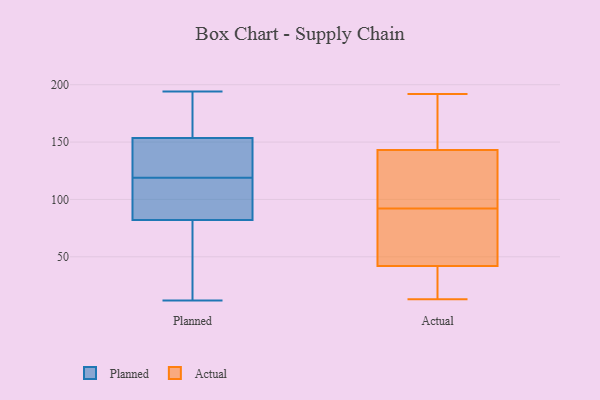
{"axis": {"x": "Net Income (USD K)", "y": "Value"}, "legend": ["Actual", "Planned"], "data": [{"x": "", "y": 58, "type": "Planned"}, {"x": "", "y": 176, "type": "Planned"}, {"x": "", "y": 147, "type": "Planned"}, {"x": "", "y": 158, "type": "Planned"}, {"x": "", "y": 152, "type": "Planned"}, {"x": "", "y": 122, "type": "Planned"}, {"x": "", "y": 12, "type": "Planned"}, {"x": "", "y": 194, "type": "Planned"}, {"x": "", "y": 90, "type": "Planned"}, {"x": "", "y": 112, "type": "Planned"}, {"x": "", "y": 119, "type": "Planned"}, {"x": "", "y": 39, "type": "Planned"}, {"x": "", "y": 97, "type": "Planned"}, {"x": "", "y": 79, "type": "Actual"}, {"x": "", "y": 136, "type": "Actual"}, {"x": "", "y": 172, "type": "Actual"}, {"x": "", "y": 39, "type": "Actual"}, {"x": "", "y": 143, "type": "Actual"}, {"x": "", "y": 42, "type": "Actual"}, {"x": "", "y": 112, "type": "Actual"}, {"x": "", "y": 192, "type": "Actual"}, {"x": "", "y": 37, "type": "Actual"}, {"x": "", "y": 13, "type": "Actual"}, {"x": "", "y": 54, "type": "Actual"}, {"x": "", "y": 162, "type": "Actual"}, {"x": "", "y": 105, "type": "Actual"}, {"x": "", "y": 58, "type": "Actual"}]}